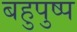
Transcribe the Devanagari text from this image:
बहुपुष्प